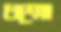
ধম্মো